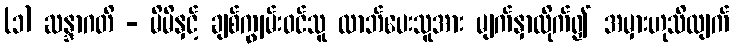
(၁) ဆန္ဒာဂတိ - မိမိနှင့် ချစ်ကျွမ်းဝင်သူ လာဘ်ပေးသူအား မျက်နှာလိုက်၍ အမှားဟုသိလျက်